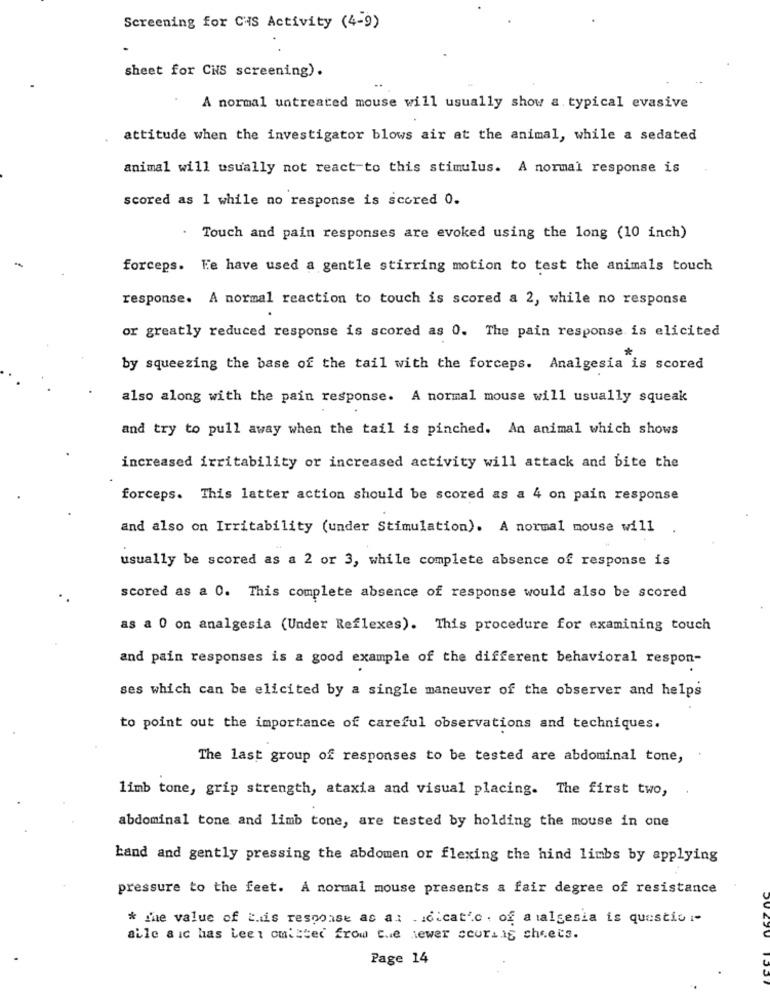
Screening for CHIS Activity (4-9)
sheet for CNS screening).
A normal untreated mouse will usually show a. typical evasive
attitude when the investigator blows air at the animal, while a sedated
animal will usually not react to this stimulus. A normal response is
scored as 1 while no response is scored 0.
Touch and pain responses are evoked using the long (10 inch)
forceps. Fe have used a gentle stirring motion to test the animals touch
response. A normal reaction to touch is scored a 2, while no response
or greatly reduced response is scored as 0. The pain response is elicited
by squeezing the base of the tail with the forceps. Analgesia is scored
also along with the pain response. A normal mouse will usually squeak
and try to pull away when the tail is pinched. An animal which shows
increased irritability or increased activity will attack and bite the
forceps. This latter action should be scored as a 4 on pain response
and also on Irritability (under Stimulation). A normal mouse will
usually be scored as a 2 or 3, while complete absence of response is
scored as a 0. This complete absence of response would also be scored
as a 0 on analgesia (Under Reflexes). This procedure for examining touch
and pain responses is a good example of the different behavioral respon-
ses which can be elicited by a single maneuver of the observer and helps
to point out the importance of careful observations and techniques.
The last group of responses to be tested are abdominal tone,
limb tone, grip strength, ataxia and visual placing. The first two,
abdominal tone and limb tone, are tested by holding the mouse in one
Land and gently pressing the abdomen or flexing the hind limbs by applying
pressure to the feet. A normal mouse presents a fair degree of resistance
* the value of Luis response as al . icicat'.c . of analgesia is questio i-
aile a ic has Leet omister frow tue lewer scorLig sheets.
Page 14